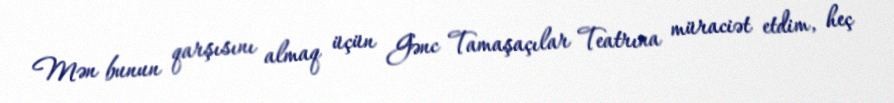
Mən bunun qarşısını almaq üçün Gənc Tamaşaçılar Teatrına müraciət etdim, heç